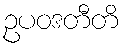
ဥပဝဒတီတိ